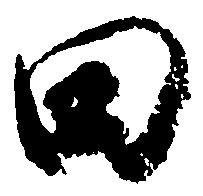
田